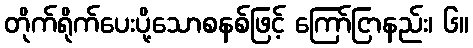
တိုက်ရိုက်ပေးပို့သောစနစ်ဖြင့် ကြော်ငြာနည်း၊ ၆။